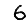
Digit: 6